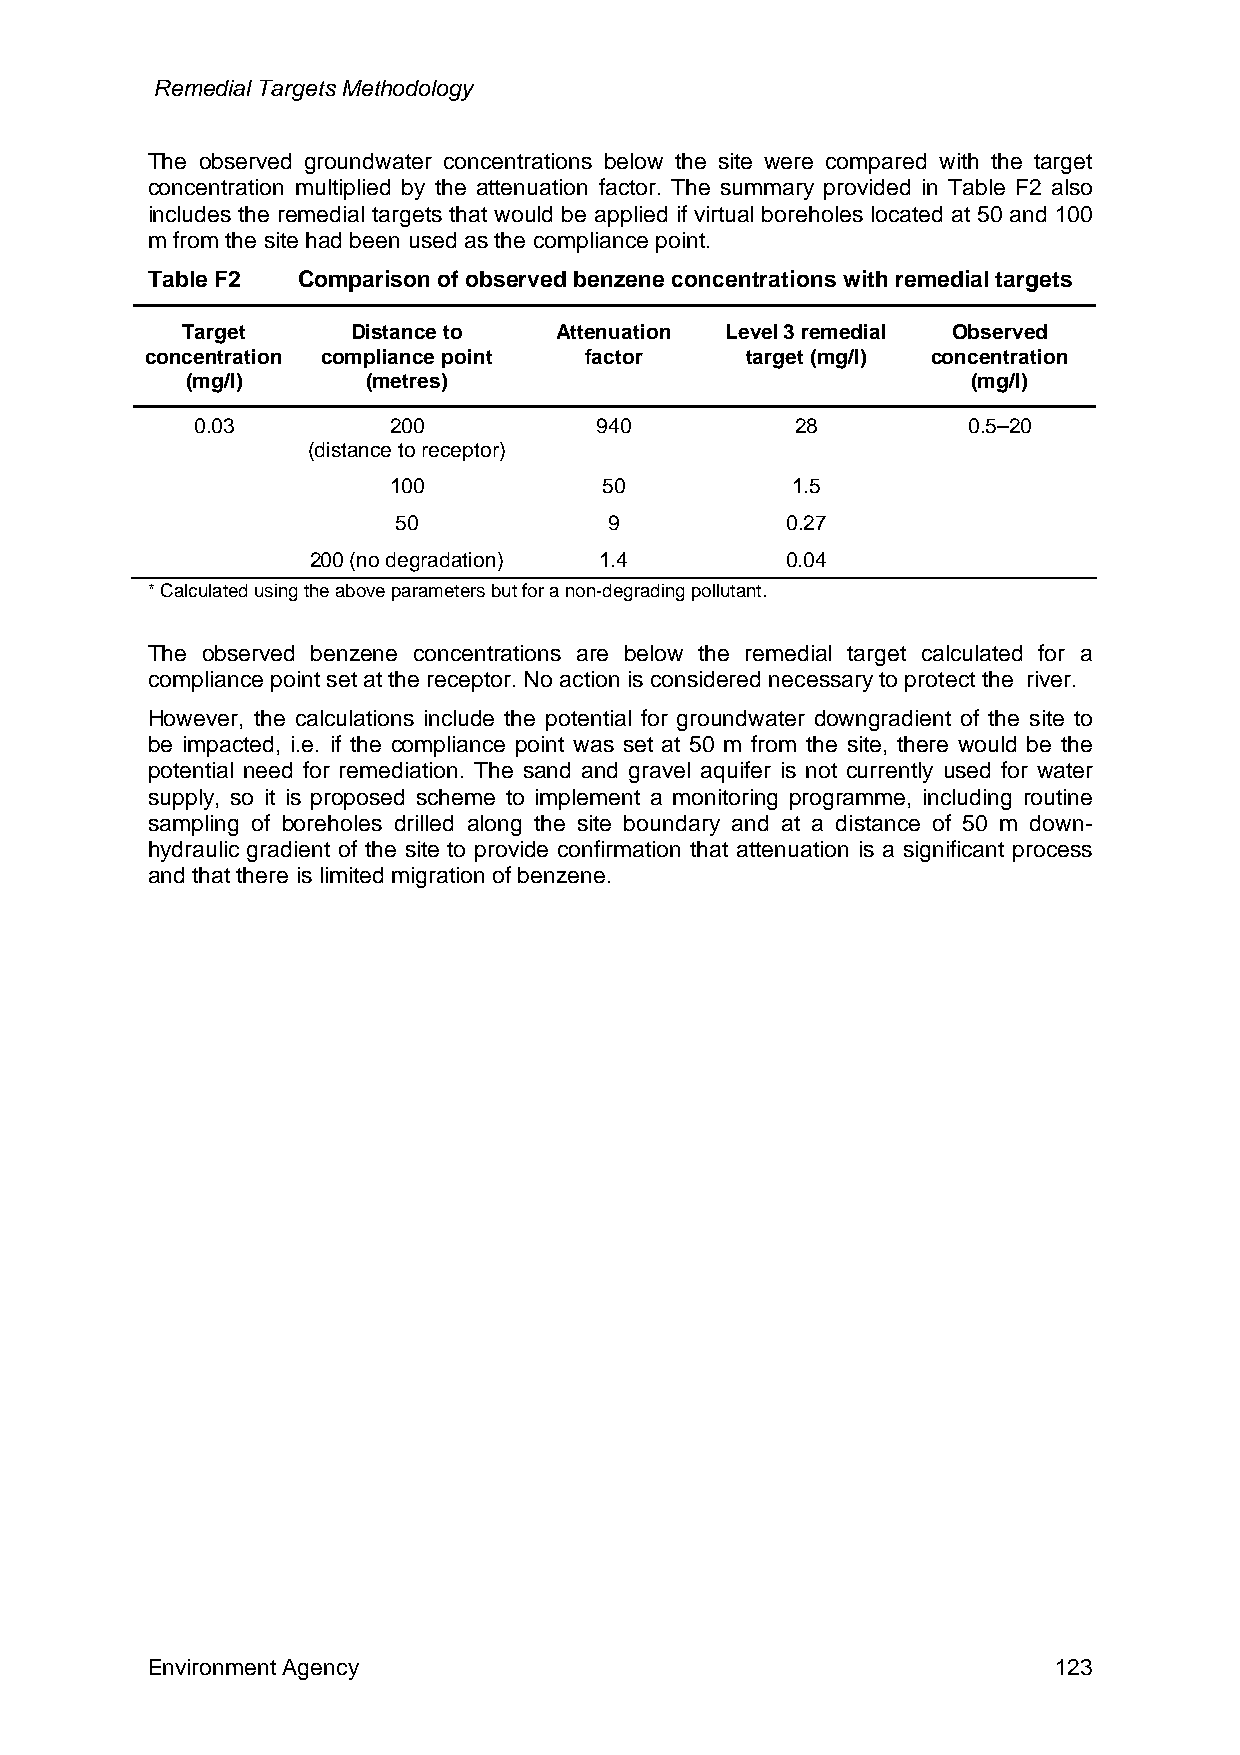
Remedial Targets Methodology
 The observed groundwater concentrations below the site were compared with the target
 concentration multiplied by the attenuation factor. The summary provided in Table F2 also
 includes the remedial targets that would be applied if virtual boreholes located at 50 and 100
 m from the site had been used as the compliance point.
 Table F2  Comparison of observed benzene concentrations with remedial targets
 Target     Distance to   Attenuation Level 3 remedial Observed
 concentration compliance point factor  target (mg/l) concentration
 (mg/l)      (metres)                                (mg/l)
 0.03         200          940           28         0.5–20
 (distance to receptor)
 100           50          1.5
 50            9           0.27
 200 (no degradation) 1.4       0.04
 * Calculated using the above parameters but for a non-degrading pollutant.
 The observed benzene concentrations are below the remedial target calculated for a
 compliance point set at the receptor. No action is considered necessary to protect the river.
 However, the calculations include the potential for groundwater downgradient of the site to
 be impacted, i.e. if the compliance point was set at 50 m from the site, there would be the
 potential need for remediation. The sand and gravel aquifer is not currently used for water
 supply, so it is proposed scheme to implement a monitoring programme, including routine
 sampling of boreholes drilled along the site boundary and at a distance of 50 m down-
 hydraulic gradient of the site to provide confirmation that attenuation is a significant process
 and that there is limited migration of benzene.
 Environment Agency                                          123